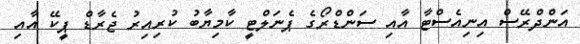
އަންދްރޭސް އިނިއެސްޓާ އާއި ސަންޑްރޯގެ ޕެނަލްޓީ ކާމިޔާބު ކުރިއިރު ޖެރާޑް ޕީކޭ އާއި